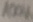
Text: 100K